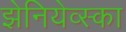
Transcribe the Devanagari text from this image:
झेनियेव्स्का